Indian journal of veterinary science and animal husbandry - Volume 7,
Year: 1937
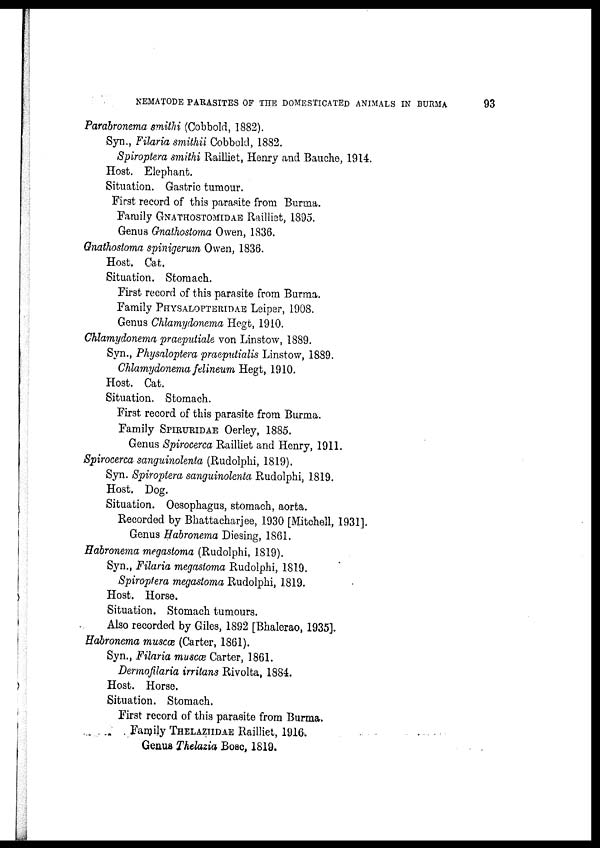
NEMATODE PARASITES OF THE DOMESTICATED ANIMALS IN BURMA
93
Parabronema smithi (Cobbold, 1882).
Syn., Filaria smithii Cobbold, 1882.
Spiroptera smithi Railliet, Henry and Bauche, 1914.
Host. Elephant.
Situation. Gastric tumour.
First record of this parasite from Burma.
Family GNATHOSTOMIDAE Railliet, 1895.
Genus Gnathostoma Owen, 1836.
Gnathostoma spinigerum Owen, 1836.
Host. Cat.
Situation. Stomach.
First record of this parasite from Burma.
Family PHYSALOPTERIDAE Leiper, 1908.
Genus Chlamydonema Hegt, 1910.
Chlamydonema praeputiale von Linstow, 1889.
Syn., Physaloptera praeputialis Linstow, 1889.
Chlamydonema felineum Hegt, 1910.
Host. Cat.
Situation. Stomach.
First record of this parasite from Burma.
Family SPIRURIDAE Oerley, 1885.
Genus Spirocerca Railliet and Henry, 1911.
Spirocerca sanguinolenta (Rudolphi, 1819).
Syn. Spiroptera sanguinolenta Rudolphi, 1819.
Host. Dog.
Situation. Oesophagus, stomach, aorta.
Recorded by Bhattacharjee, 1930 [Mitchell, 1931].
Genus Habronema Diesing, 1861.
Habronema megastoma (Rudolphi, 1819).
Syn., Filaria megastoma Rudolphi, 1819.
Spiroptera megastoma Rudolphi, 1819.
Host. Horse.
Situation. Stomach tumours.
Also recorded by Giles, 1892 [Bhalerao, 1935].
Habronema muscæ (Carter, 1861).
Syn., Filaria muscæ Carter, 1861.
Dermofilaria irritans Rivolta, 1884.
Host. Horse.
Situation. Stomach.
First record of this parasite from Burma.
Family THELAZIIDAE Railliet, 1916.
Genus Thelazia Bosc, 1819.